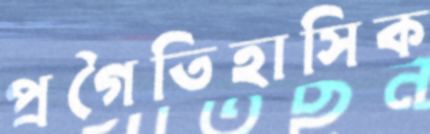
প্রগৈতিহাসিক